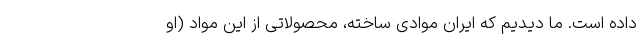
داده است. ما دیدیم که ایران موادی ساخته، محصولاتی از این مواد (او